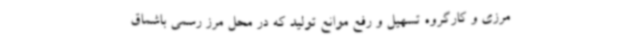
مرزی و کارگروه تسهیل و رفع موانع تولید که در محل مرز رسمی باشماق